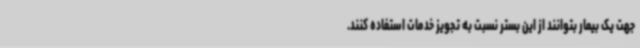
جهت یک بیمار بتوانند از این بستر نسبت به تجویز خدمات استفاده کنند.